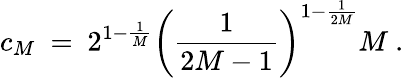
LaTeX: c_{M}\ =\ 2^{1-\frac{1}{M}}\left(\frac{1}{2M-1}\right)^{1-\frac{1}{2M}}M\ .